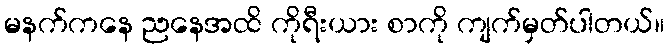
မနက်ကနေ ညနေအထိ ကိုရီးယား စာကို ကျက်မှတ်ပါတယ်။